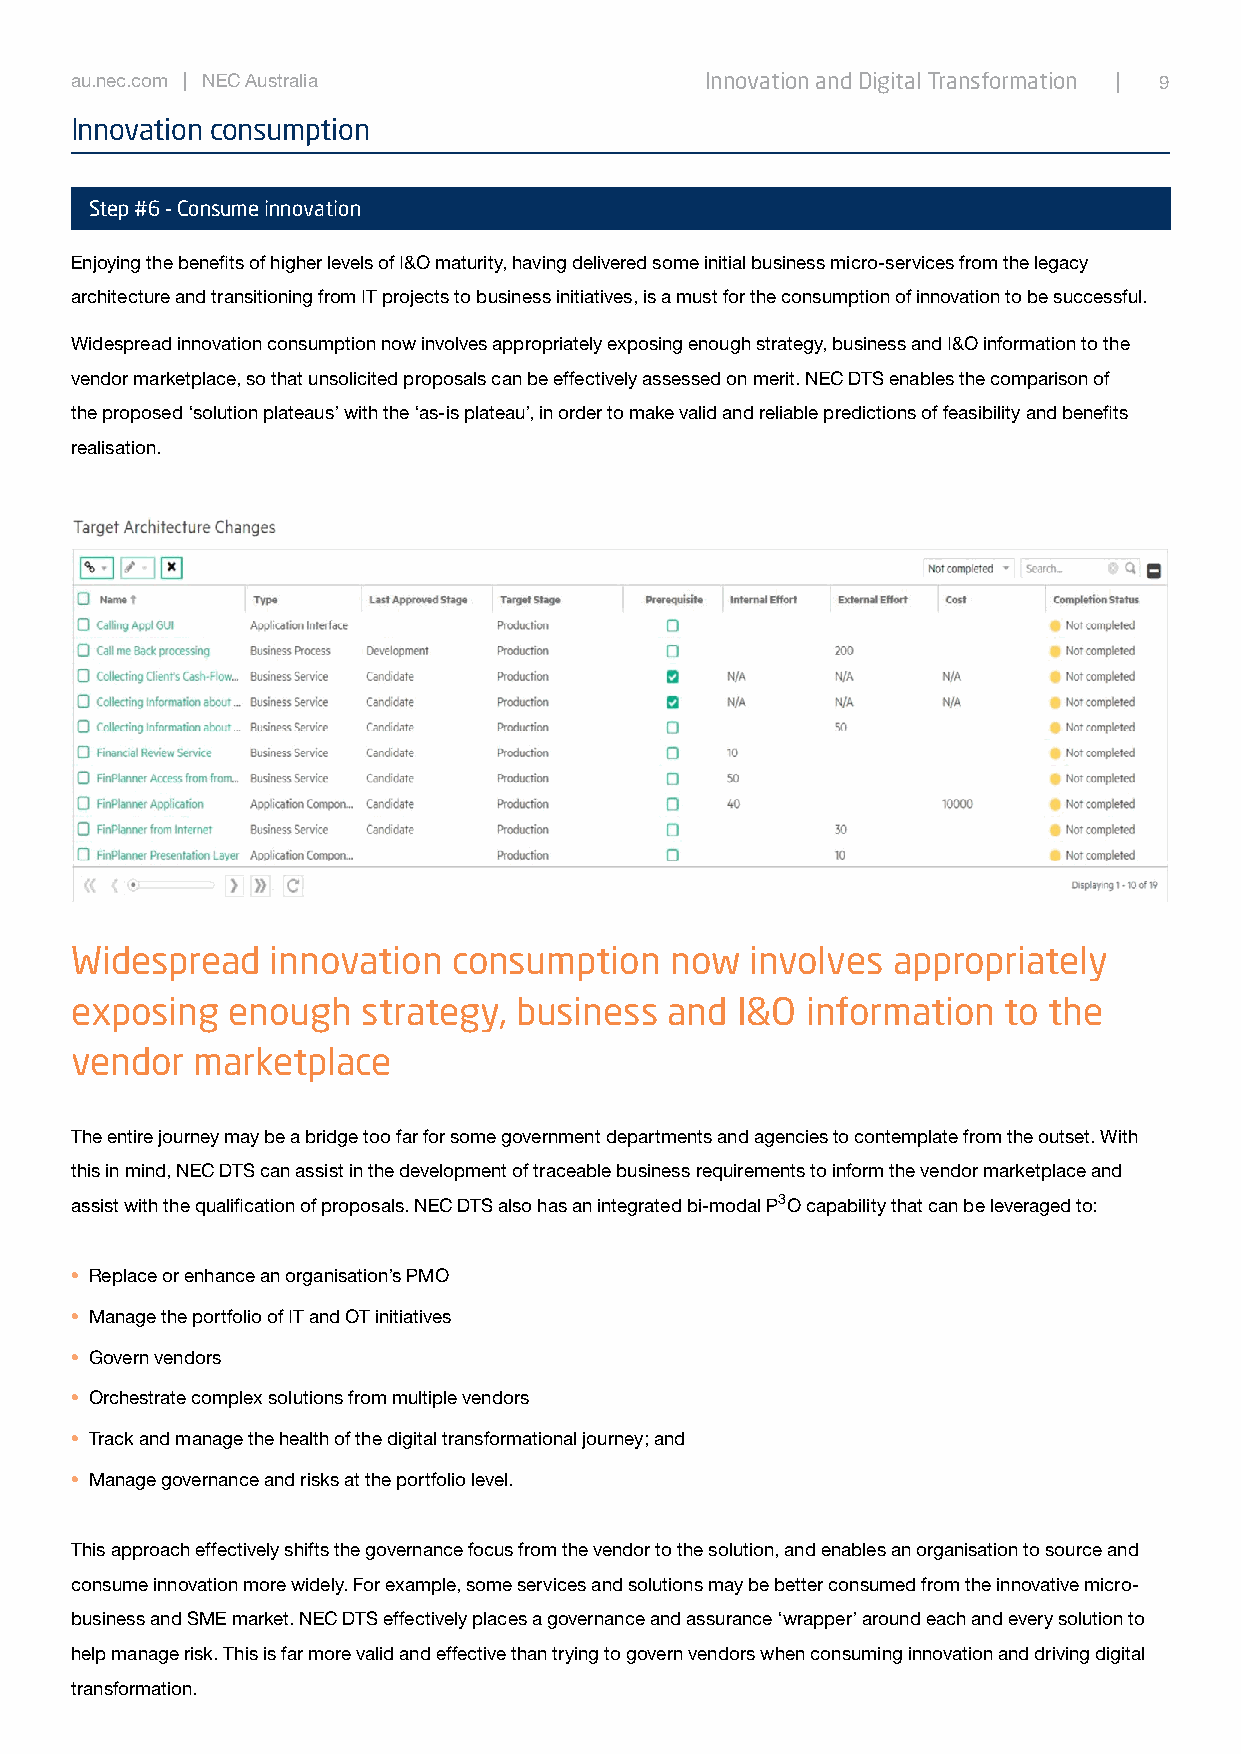
au.nec.com | NEC Australia                Innovation and Digital Transformation | 9
 Innovation consumption
 Step #6 - Consume innovation
 Enjoying the benefits of higher levels of I&O maturity, having delivered some initial business micro-services from the legacy
 architecture and transitioning from IT projects to business initiatives, is a must for the consumption of innovation to be successful.
 Widespread innovation consumption now involves appropriately exposing enough strategy, business and I&O information to the
 vendor marketplace, so that unsolicited proposals can be effectively assessed on merit. NEC DTS enables the comparison of
 the proposed ‘solution plateaus’ with the ‘as-is plateau’, in order to make valid and reliable predictions of feasibility and benefits
 realisation.
 Widespread   innovation  consumption   now   involves appropriately
 exposing  enough   strategy, business  and  I&O information  to the
 vendor  marketplace
 The entire journey may be a bridge too far for some government departments and agencies to contemplate from the outset. With
 this in mind, NEC DTS can assist in the development of traceable business requirements to inform the vendor marketplace and
 assist with the qualification of proposals. NEC DTS also has an integrated bi-modal P3O capability that can be leveraged to:
 • Replace or enhance an organisation’s PMO
 • Manage the portfolio of IT and OT initiatives
 • Govern vendors
 • Orchestrate complex solutions from multiple vendors
 • Track and manage the health of the digital transformational journey; and
 • Manage governance and risks at the portfolio level.
 This approach effectively shifts the governance focus from the vendor to the solution, and enables an organisation to source and
 consume innovation more widely. For example, some services and solutions may be better consumed from the innovative micro-
 business and SME market. NEC DTS effectively places a governance and assurance ‘wrapper’ around each and every solution to
 help manage risk. This is far more valid and effective than trying to govern vendors when consuming innovation and driving digital
 transformation.